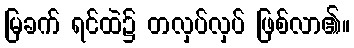
မြခက် ရင်ထဲ၌ တလှပ်လှပ် ဖြစ်လာ၏။